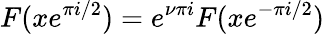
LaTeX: F(xe^{\pi i/2})=e^{\nu\pi i}F(xe^{-\pi i/2})